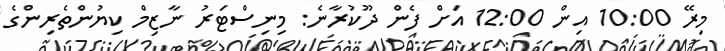
މިރޭ 10:00 އިން 12:00 އަށް ފެން ދޫކުރާނެ: މިނިސްޓަރު ނާޒިމް ކިޔުންތެރިންގެ